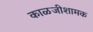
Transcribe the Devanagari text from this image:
काळजीशामक